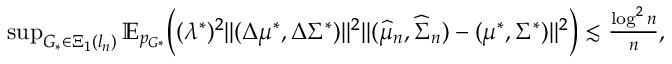
\begin{array} { r } { \operatorname* { s u p } _ { G _ { * } \in \Xi _ { 1 } ( l _ { n } ) } \mathbb { E } _ { p _ { G * } } \biggr ( ( \lambda ^ { * } ) ^ { 2 } \| ( \Delta \mu ^ { * } , \Delta \Sigma ^ { * } ) \| ^ { 2 } \| ( \widehat { \mu } _ { n } , \widehat { \Sigma } _ { n } ) - ( \mu ^ { * } , \Sigma ^ { * } ) \| ^ { 2 } \biggr ) \lesssim \frac { \log ^ { 2 } n } { n } , } \end{array}